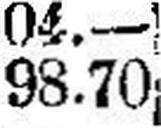
98.70